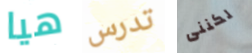
هيا تدرس لكننى